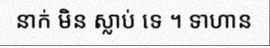
នាក់ មិន ស្លាប់ ទេ ។ ទាហាន